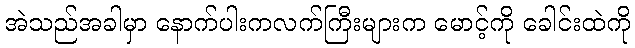
အဲသည်အခါမှာ နောက်ပါးကလက်ကြီးများက မောင့်ကို ခေါင်းထဲကို